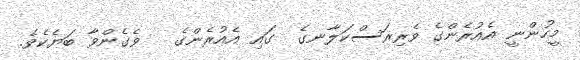
މީހުންނީ އެއުރެންގެ ވެރިރަސްކަލާނގެ  ގައި އެއުރެންގެ   ވެގެންވާ ބަޔެކެވެ.